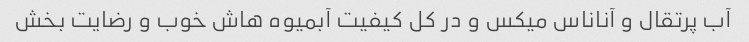
آب پرتقال و آناناس میکس و در کل کیفیت آبمیوه هاش خوب و رضایت بخش